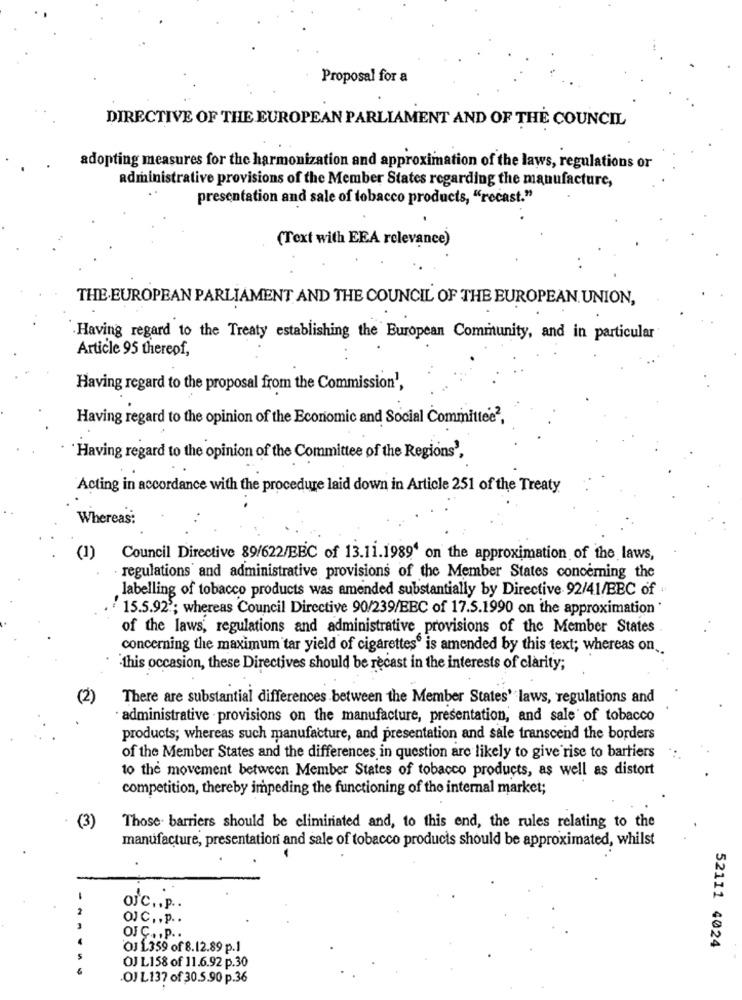
Proposal for a
DIRECTIVE OF THE EUROPEAN PARLIAMENT AND OF THE COUNCIL
adopting measures for the harmonization and approximation of the laws, regulations or
administrative provisions of the Member States regarding the manufacture,
presentation and sale of tobacco products, "rocast."
(Text with EEA relevance)
THE EUROPEAN PARLIAMENT AND THE COUNCIL OF THE EUROPEAN UNION,
Having regard to the Treaty establishing the European Community, and in particular
Article 95 thereof,
Having regard to the proposal from the Commission',
Having regard to the opinion of the Economic and Social Committee2.
'Having regard to the opinion of the Committee of the Regions',
Acting in accordance with the procedure laid down in Article 251 of the Treaty
Whereas:
(1)
Council Directive 89/622/BEC of 13.11.1989' on the approximation of the laws,
regulations and administrative provisions of the Member States concerning the
labelling of tobacco products was amended substantially by Directive 92/41/EBC of "
15.5.92; whereas Council Directive 90/239/EBC of 17.5.1990 on the approximation '
of the laws, regulations and administrative provisions of the Member States
concerning the maximum tar yield of cigarettes is amended by this text; whereas on
this occasion, these Directives should be recast in the interests of clarity;
(2)
There are substantial differences between the Member States' laws, regulations and
· administrative . provisions on the manufacture, presentation, and sale of tobacco
products; whereas such manufacture, and presentation and sale transcend the borders
of the Member States and the differences in question are likely to give rise to bartiers
to the movement between Member States of tobacco products, as well as distort
competition, thereby impeding the functioning of the internal market;
(3)
Those. barriers should be eliminated and, to this end, the rules relating to the
manufacture, presentation and sale of tobacco products should be approximated, whilst
OJc ., p ..
OJC. , p ..
OJÇ ., p ..
OJ 1359 of 8.12.89 p.1
52111 4024
OJ L158 of 11.6.92 p.30
.OJ L137 of 30.5.90 p.36